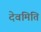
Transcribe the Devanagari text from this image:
देवमिति